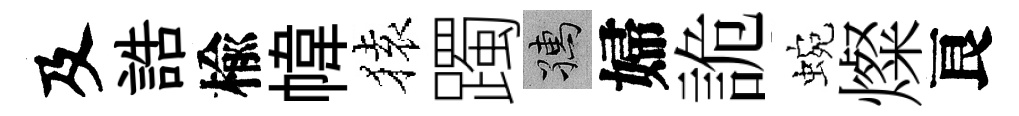
及誥楡幃𫞤躅孺婦詭蜿燦良